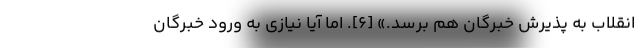
انقلاب به پذیرش خبرگان هم برسد.» [۶]. اما آیا نیازی به ورود خبرگان